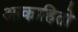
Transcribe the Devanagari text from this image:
आकाहितो